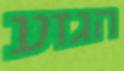
הגזע